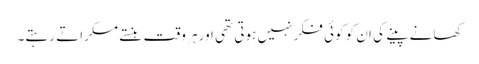
کھانے پینے کی ان کو کوئی فکر نہیں ہوتی تھی اور ہر وقت ہنستے مسکراتے رہتے۔